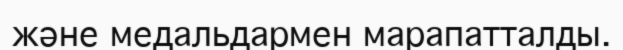
және медальдармен марапатталды.